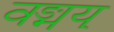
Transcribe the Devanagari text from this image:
वङ्मय्